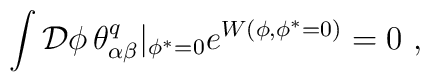
\int {\cal D}\phi\, \theta^q_{\alpha \beta }|_{\phi ^*=0}e^{W(\phi ,\phi^*=0)}=0\ ,